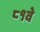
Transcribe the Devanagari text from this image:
८१वे